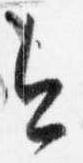
今